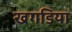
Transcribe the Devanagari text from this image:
खगडिया